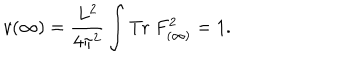
LaTeX: v ( \infty ) = \frac { L ^ { 2 } } { 4 \pi ^ { 2 } } \int \mathrm { T r } \; F _ { ( \infty ) } ^ { 2 } = 1 .